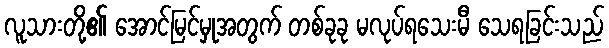
လူသားတို့၏ အောင်မြင်မှုအတွက် တစ်ခုခု မလုပ်ရသေးမီ သေရခြင်းသည်